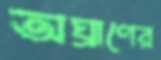
অঘ্রাণের